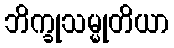
ဘိက္ခုသမ္မုတိယာ